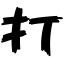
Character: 打